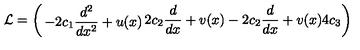
{ \cal L } = \left( \begin{matrix} { - 2 c _ { 1 } \displaystyle \frac { d ^ { 2 } } { d x ^ { 2 } } + u ( x ) } & { 2 c _ { 2 } \displaystyle \frac { d } { d x } + v ( x ) \hfill } \\ { \noalign { \smallskip } - 2 c _ { 2 } \displaystyle \frac { d } { d x } + v ( x ) } & { 4 c _ { 3 } \hfill } \\ { \noalign { \smallskip } } \\ \end{matrix} \right)